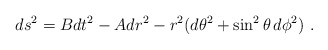
\begin{align*}ds^2 = B dt^2 - A dr^2 - r^2 (d\theta^2 + \sin^2 \theta\, d\phi^2)\ .\end{align*}